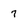
Character: 7